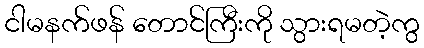
ငါမနက်ဖန် တောင်ကြီးကို သွားရမတဲ့ကွ